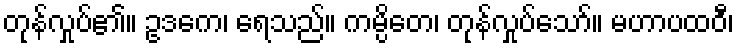
တုန်လှုပ်၏။ ဥဒကေ၊ ရေသည်။ ကမ္ပိတေ၊ တုန်လှုပ်သော်။ မဟာပထဝီ၊